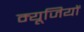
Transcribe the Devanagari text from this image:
म्यूजियों